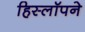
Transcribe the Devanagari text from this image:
हिस्लॉपने